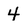
Character: 4